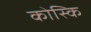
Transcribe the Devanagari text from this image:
कोस्कि